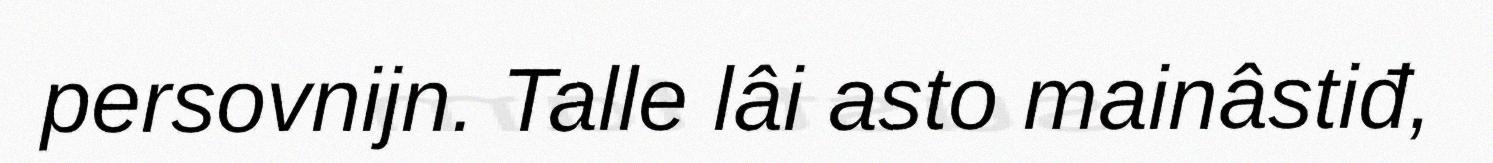
persovnijn. Talle lâi asto mainâstiđ,